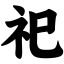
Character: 祀